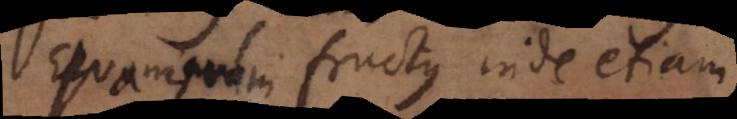
quamquam fructus inde etiam